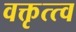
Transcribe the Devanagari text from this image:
वक्तृत्त्व